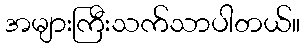
အများကြီးသက်သာပါတယ်။